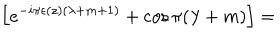
LaTeX: \left[ e ^ { - i \pi \epsilon ( z ) ( \lambda + m + 1 ) } + \cos \pi ( \lambda + m ) \right] =